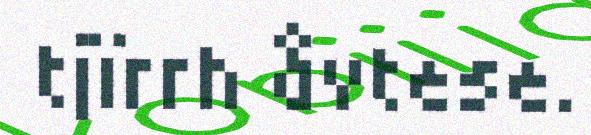
tjïrrh åvtese.